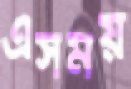
এসময়